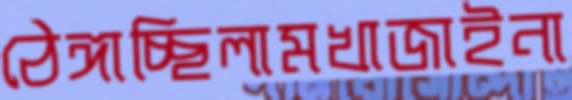
ঠেঙ্গাচ্ছিলামখাজাইনা